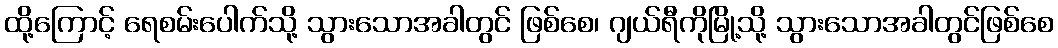
ထို့ကြောင့် ရေစမ်းပေါက်သို့ သွားသောအခါတွင် ဖြစ်စေ၊ ဂျယ်ရီကိုမြို့သို့ သွားသောအခါတွင်ဖြစ်စေ